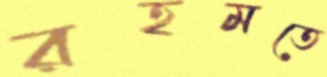
রহমতে